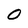
Character: 0